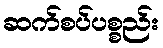
ဆက်စပ်ပစ္စည်း